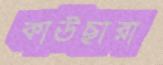
কাউছারা